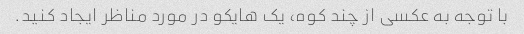
با توجه به عکسی از چند کوه، یک هایکو در مورد مناظر ایجاد کنید.